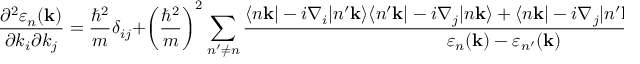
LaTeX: { \frac { \partial ^ { 2 } \varepsilon _ { n } ( \mathbf { k } ) } { \partial k _ { i } \partial k _ { j } } } = { \frac { \hbar ^ { 2 } } { m } } \delta _ { i j } + \left( { \frac { \hbar ^ { 2 } } { m } } \right) ^ { 2 } \sum _ { n ^ { \prime } \neq n } { \frac { \langle n \mathbf { k } | - i \nabla _ { i } | n ^ { \prime } \mathbf { k } \rangle \langle n ^ { \prime } \mathbf { k } | - i \nabla _ { j } | n \mathbf { k } \rangle + \langle n \mathbf { k } | - i \nabla _ { j } | n ^ { \prime } \mathbf { k } \rangle \langle n ^ { \prime } \mathbf { k } | - i \nabla _ { i } | n \mathbf { k } \rangle } { \varepsilon _ { n } ( \mathbf { k } ) - \varepsilon _ { n ^ { \prime } } ( \mathbf { k } ) } }